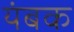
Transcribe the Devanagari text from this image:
यंबक